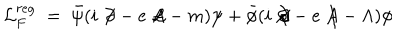
{ \mathcal L } _ { F } ^ { r e g } \; = \; { \bar { \psi } } ( i \not \! \partial - e \not \! \! A - m ) \psi + { \bar { \phi } } ( i \not \! \partial - e \not \! \! A - \Lambda ) \phi